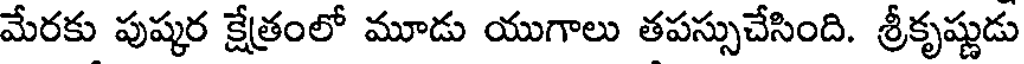
మేరకు పుష్కర క్షేత్రంలో మూడు యుగాలు తపస్సుచేసింది. శ్రీకృష్ణుడు